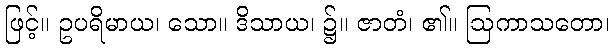
ဖြင့်။ ဥပရိမာယ၊ သော။ ဒိသာယ၊ ၌။ ဇာတံ၊ ၏။ ဩကာသတော၊